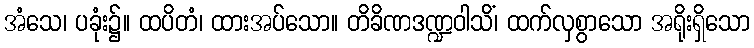
အံသေ၊ ပခုံး၌။ ထပိတံ၊ ထားအပ်သော။ တိခိဏဒဏ္ဍဝါသိံ၊ ထက်လှစွာသော အရိုးရှိသော